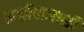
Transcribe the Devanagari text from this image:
कक्षीवानाशी